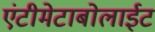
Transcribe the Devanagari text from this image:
एंटीमेटाबोलाईट